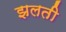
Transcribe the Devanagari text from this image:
झलती